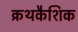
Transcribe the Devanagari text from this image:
क्रथकैशिक